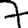
Digit: 7